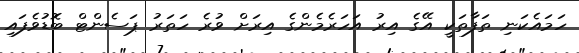
ހަމައެކަނި ތަފާތަކީ އޭގެ އިރު އަހަރެމެންގެ އިރަށް ވުރެ ހަތަރު ޕަސެންޓް ބޮޑުވެފައި